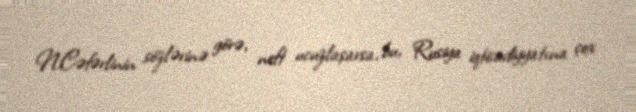
N.Cəfərlinin sözlərinə görə, neft ucuzlaşarsa, bu, Rusiya iqtisadiyyatına çox